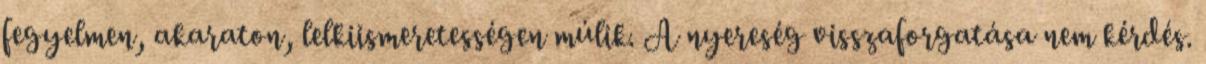
fegyelmen, akaraton, lelkiismeretességen múlik. A nyereség visszaforgatása nem kérdés.